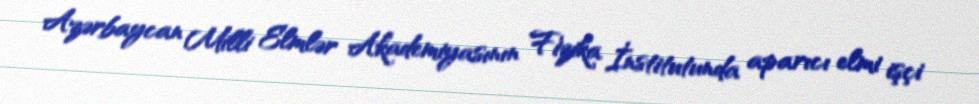
Azərbaycan Milli Elmlər Akademiyasının Fizika İnstitutunda aparıcı elmi işçi